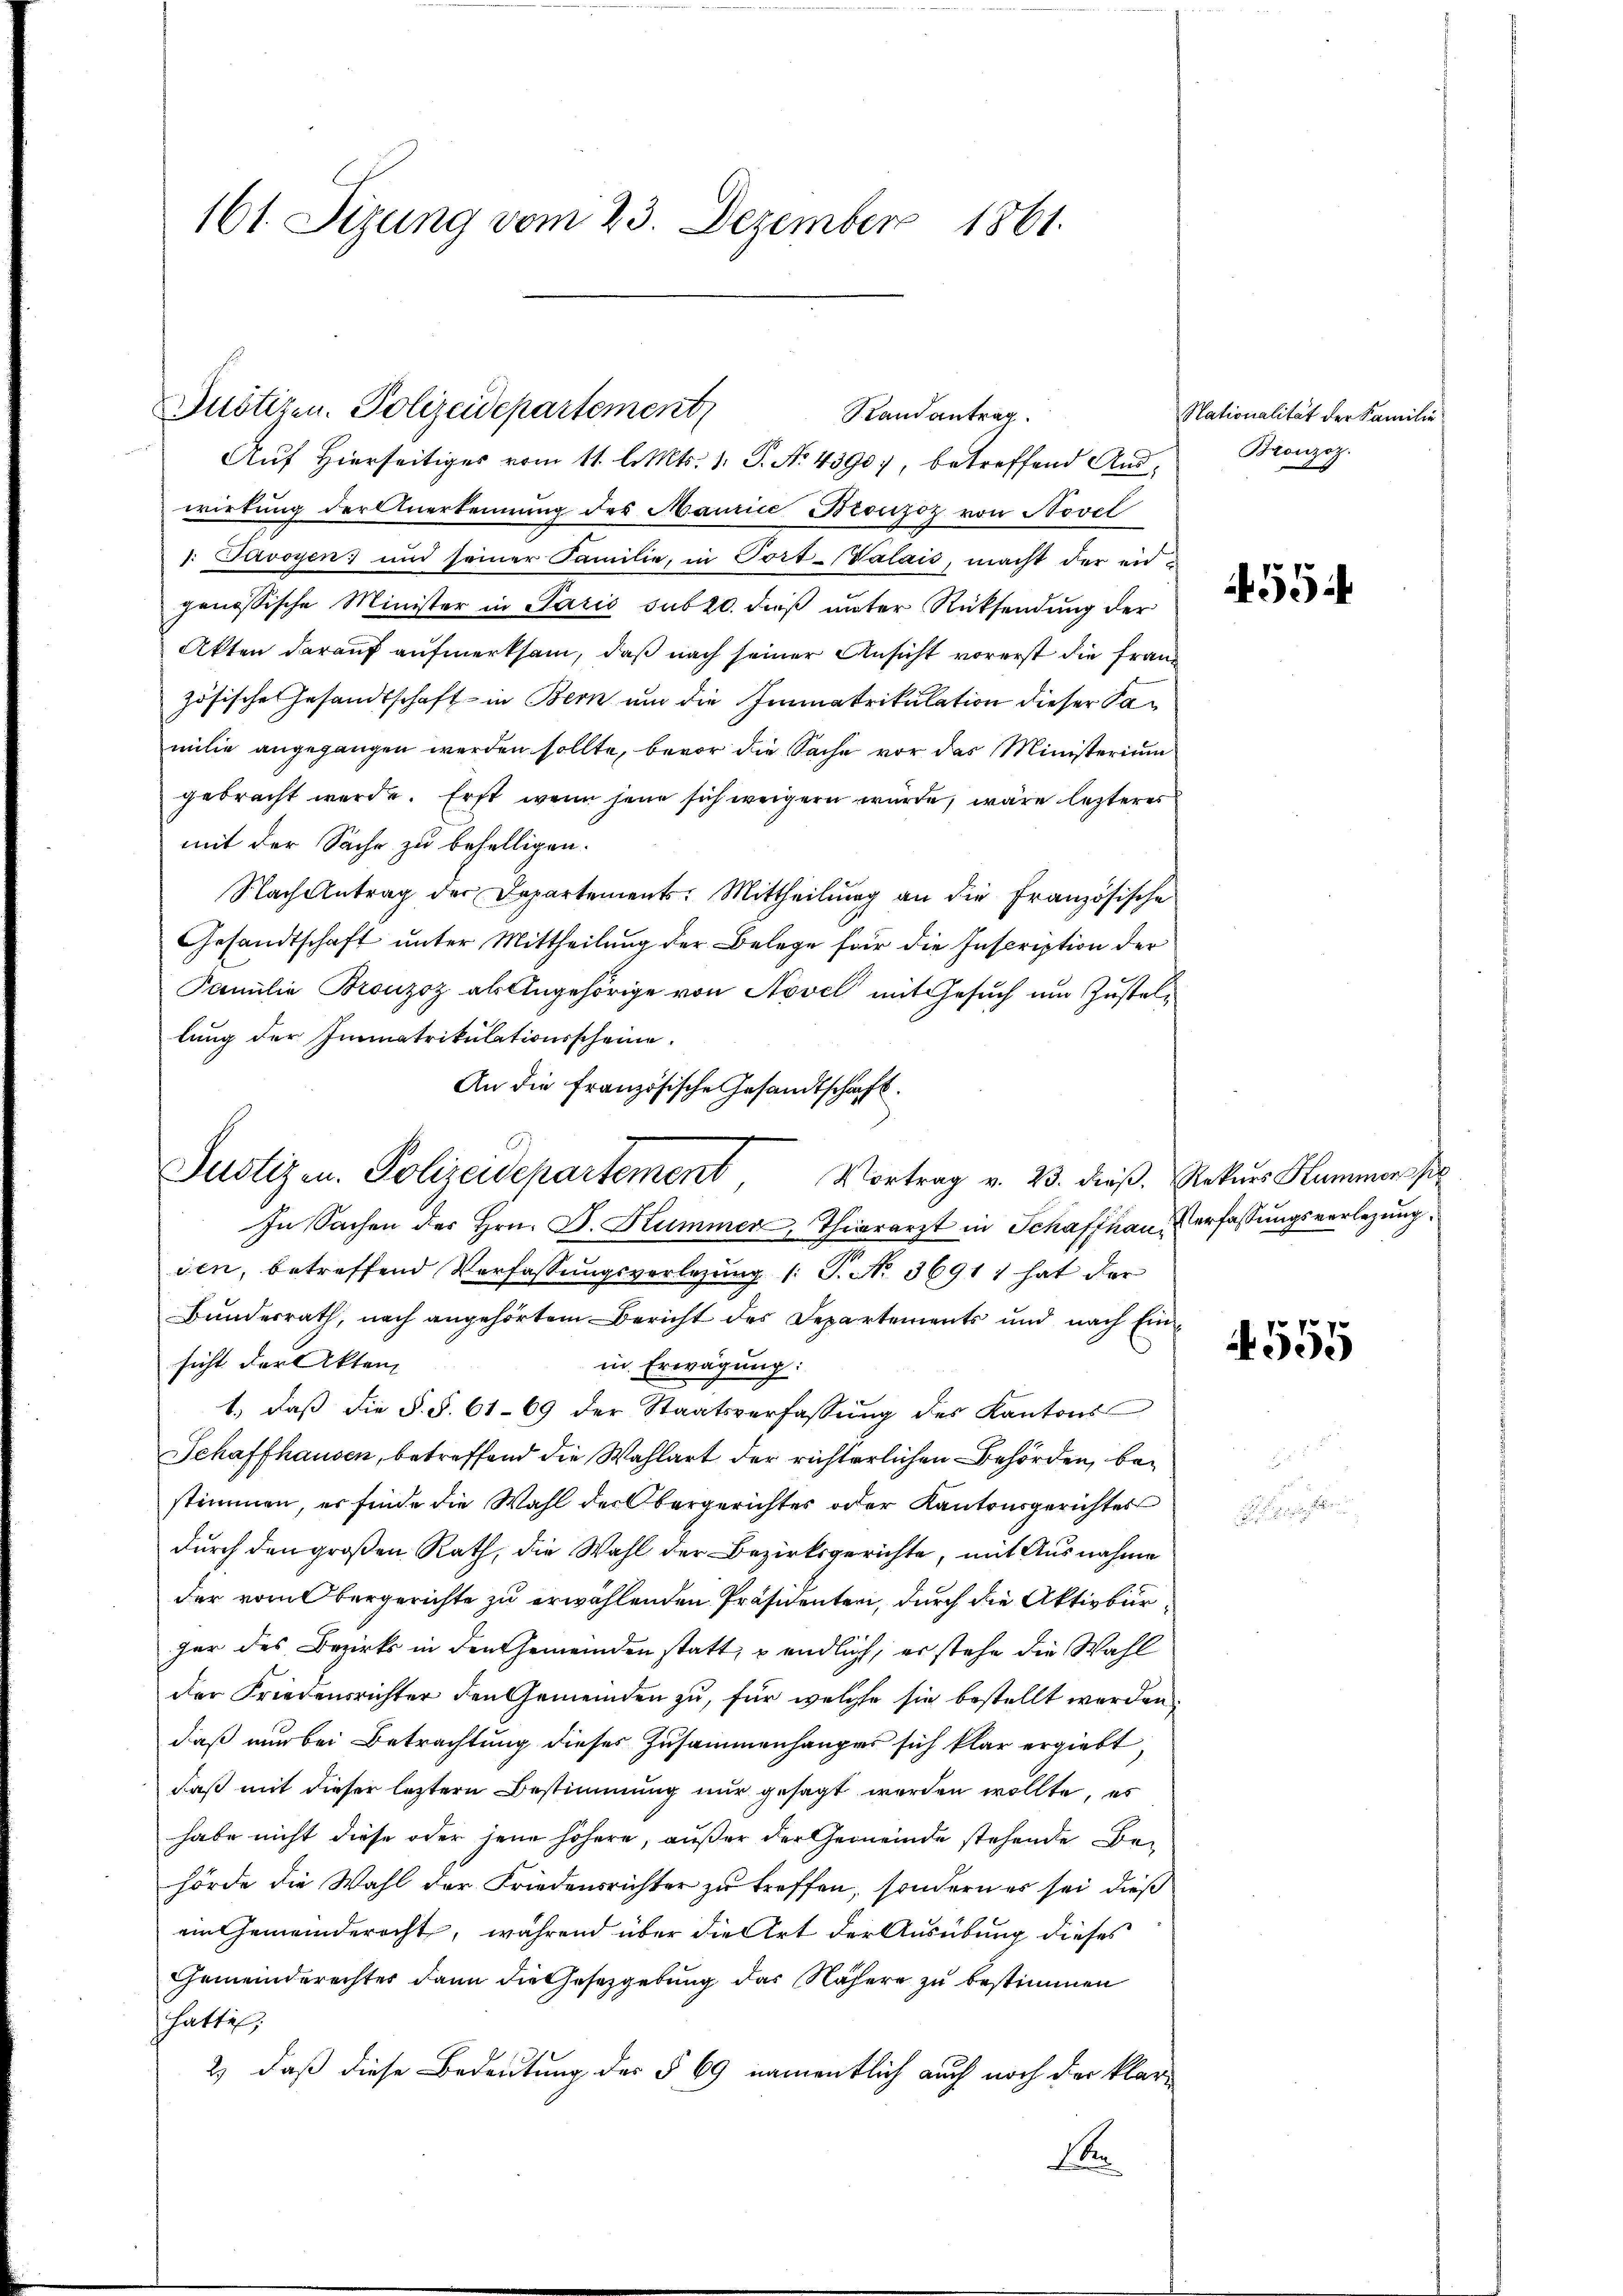
161. Sizung vom 23. Dezember 1861.

Puötizen. Polizeidepartement
Randantrag
Auf Hierseitiges vom 11. l. Mts. 1. P. No 4390), betreffend Aus¬

Justizen. Polizeidepartement, Vortrag v. 23. dieβ. Rekŭrs Hummer po

wirkung der Anerkennung des Maurice Bronzoz von Novel
: Savoyen; und seiner Familie, in Port-Valais, macht der eidgenössische Minister in Paris sub 20. dieß unter Rücksendung der
Akten darauf aufmerksam, daß nach seiner Ansicht vorerst die Franz
zösische Gesandtschaft in Bern und die Immatrikulation dieser Samilie angegangen werden sollte, bevor die Sache vor das Ministerium
gebracht werde. Erst wenn jene sich weigern wurde, wäre letzteres
mit der Sache zu behelligen.
Nach Antrag der Departements: Mittheilung an die Französische
Gesandtschaft unter Mittheilung der Belege für die Inscription der
Familie Bronzoz als Angehörige von Novel mit Gesuch um Zustellung der Immatrikulationsscheine
An die französische Gesandtschaft.
In Sachen der Hrn. D. Kummer, Thierarzt in Schaffhauden, betreffend Verfassungsverlegung (: P. No. 3691) hat der
Bundesrath, nach angehörtem Bericht des Departements und nach Einsicht der Akten
in Erwägung:
1. daβ die §. §. 61-69 der Staatsverfassŭng des Kantons
Schaffhausen, betreffend die Wahlart der richterlichen Behörden, bestimmen, es finde die Wahl der Obergerichtes oder Kantonsgerichtes
durch den großen Rath, die Wahl der Bezirksgerichte, mit Ausnahme
der vom Obergerichte zu erwählenden Präsidenten, durch die Aktivbürfer des Bezirks in den Gemeinden statt, & endlich, er stehe die Wahl
der Friedensrichter den Gemeinden zu, für welche sie bestellt werden,
daß nur bei Betrachtung dieses Zusammenhanges sich klar ergiebt,
daß mit dieser leztere Bestimmung nur gesagt werden wollte, es
habe nicht diese oder jene höhere, außer der Gemeinde stehende Behörde die Wahl der Friedensrichter zu treffen, sondern es sei dieß
ein Gemeinderecht, während über die Art der Ausübung dieses
Gemeinderechtes dann die Gesetzgebung das Nähere zu bestimmen
hatti,
2) daß diese Bedeutung des § 69 namentlich auch noch der klar¬
1

Nationalität der Familie
Bronzoz.

554

Verfassungsverlegung.

555